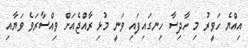
އިއްޔެ ހަވީރު މި ހާދިސާ ހިނގައިފައި ވަނީ މުޅި ރާއްޖެއަށް ވިއްސާރަވެ ވަޔާއި